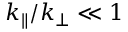
k _ { \| } / k _ { \perp } \ll 1